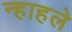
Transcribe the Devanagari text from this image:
न्हाहले